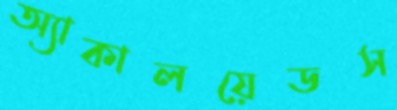
অ্যাকালয়েডস